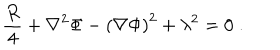
{ \frac { R } { 4 } } + \nabla ^ { 2 } \Phi - { \left( \nabla \Phi \right) } ^ { 2 } + \lambda ^ { 2 } = 0 \; .